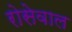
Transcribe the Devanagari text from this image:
रोसेवाल